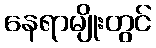
နေရာမျိုးတွင်